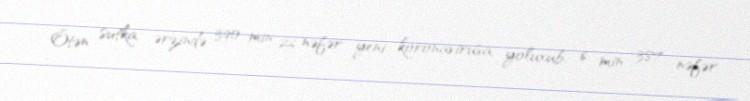
Ötən sutka ərzində 390 min 26 nəfər yeni koronavirusa yoluxub, 6 min 387 nəfər